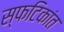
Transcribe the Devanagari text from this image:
स्फटिकांत